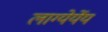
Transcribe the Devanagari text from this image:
लाग्येर्येय